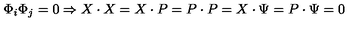
\Phi _ { i } \Phi _ { j } = 0 \Rightarrow X \cdot X = X \cdot P = P \cdot P = X \cdot \Psi = P \cdot \Psi = 0